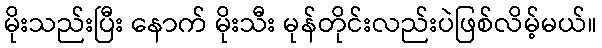
မိုးသည်းပြီး နောက် မိုးသီး မုန်တိုင်းလည်းပဲဖြစ်လိမ့်မယ်။